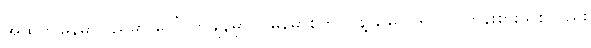
အထက်မြန်မာပြည်မှာ ပေါ်လာချိန်မှာပဲ မြန်မာစက်ပိုင်နဲ့ မြေပိုင်ရှင် လူတန်းစားသစ်လည်း